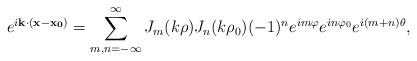
LaTeX: \begin{align*}e^{i{\bf k}\cdot ({\bf x}-{\bf x_0})}=\sum_{m , n=-\infty}^{\infty}J_m(k\rho)J_n(k\rho_0)(-1)^n e^{im\varphi}e^{in\varphi_0}e^{i(m+n)\theta},\end{align*}